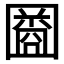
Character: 𫭒